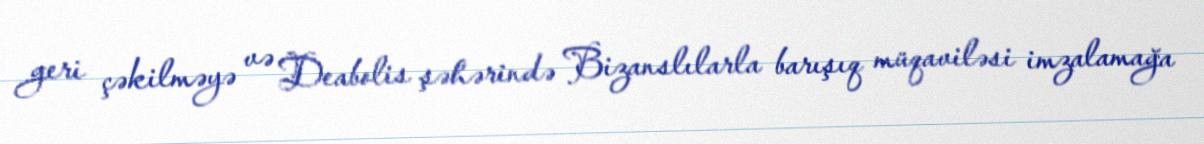
geri çəkilməyə və Deabolis şəhərində Bizanslılarla barışıq müqaviləsi imzalamağa